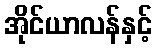
အိုင်ယာလန်နှင့်